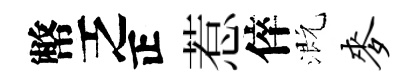
幣乏正惹倅溉麦